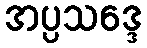
အပ္ပသဒ္ဒေ